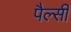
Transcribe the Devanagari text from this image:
पैल्सी